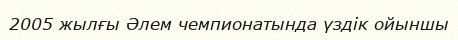
2005 жылғы Әлем чемпионатында үздік ойыншы